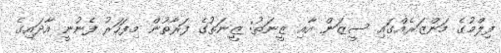
ފިލްމުގެ މަންޒަރެއްގައި ސީޒަން އާއި ޒީނަތު: ޒީނަތުގެ ފަރާތުން މިފަހަރު ފެނުނީ އާދައިގެ